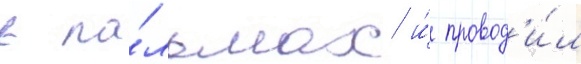
в па́льмах и́ провод'и́л